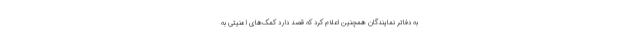
به دفاتر نمایندگان همچنین اعلام کرد که قصد دارد کمک‌های امنیتی به